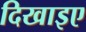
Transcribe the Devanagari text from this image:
दिखाइए